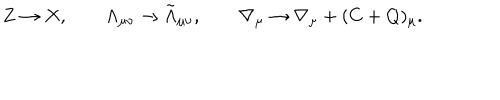
LaTeX: Z \rightarrow X , \qquad \Lambda _ { \mu \nu } \rightarrow \tilde { \Lambda } _ { \mu \nu } , \qquad \nabla _ { \mu } \rightarrow \nabla _ { \mu } + ( C + Q ) _ { \mu } .